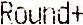
ROUND+